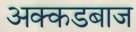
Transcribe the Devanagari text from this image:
अक्कडबाज